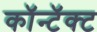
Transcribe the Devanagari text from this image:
कॉन्टॅक्ट